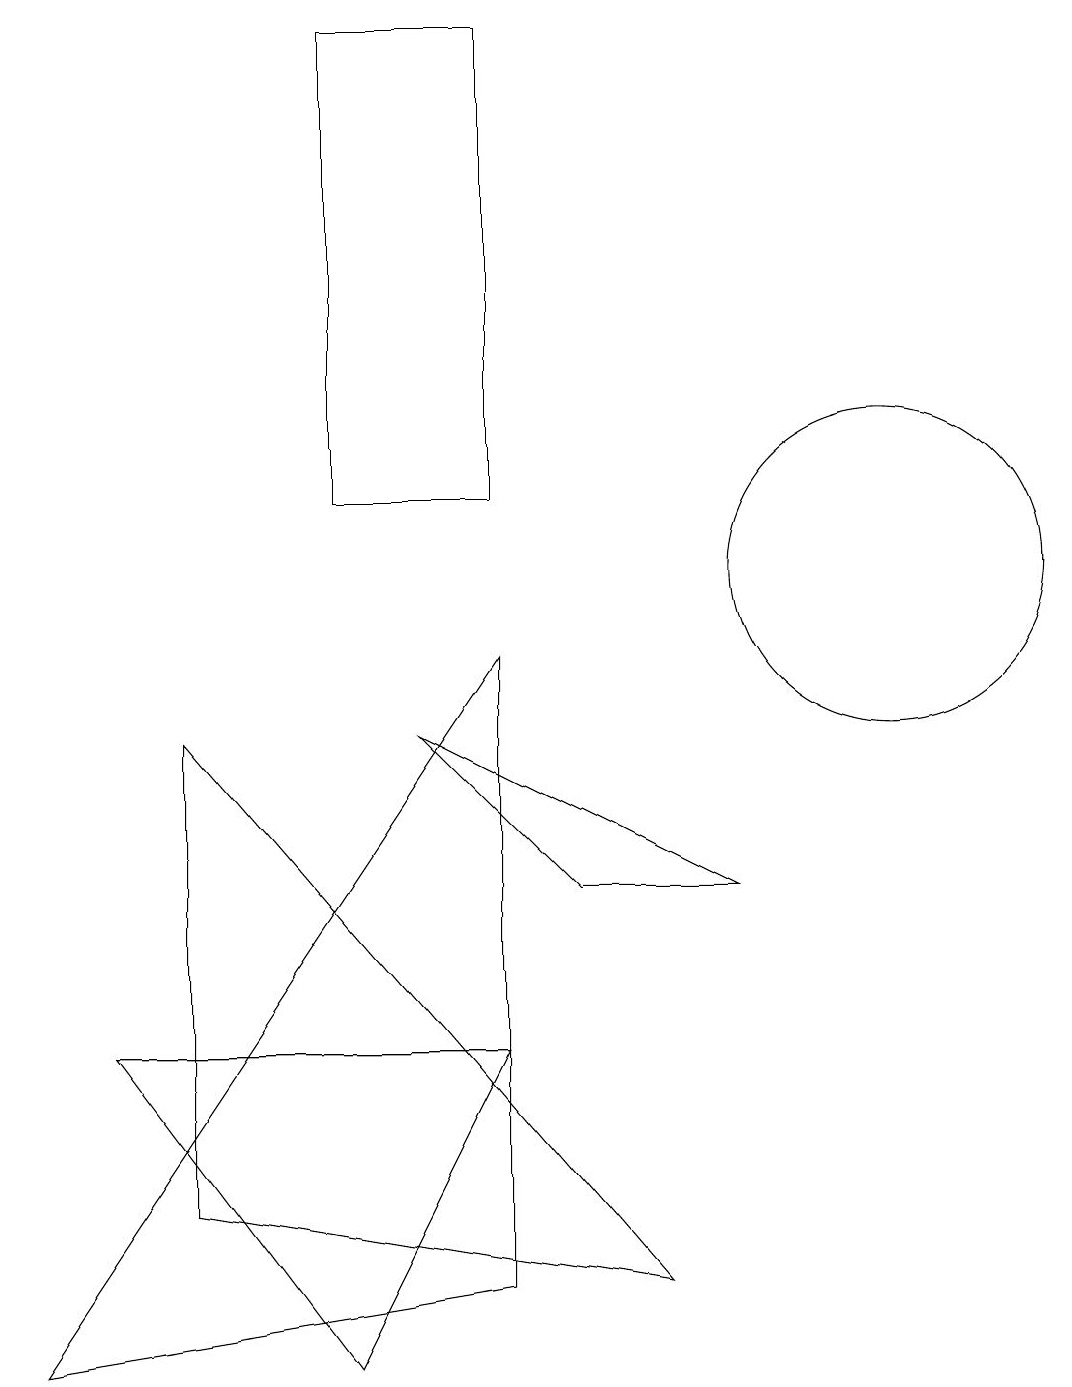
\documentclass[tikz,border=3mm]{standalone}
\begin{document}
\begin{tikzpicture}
\draw (6,1) -- (0,0) -- (6,9) -- cycle;
\draw (4,0) -- (6,4) -- (1,4) -- cycle;
\draw (5,8) -- (9,6) -- (7,6) -- cycle;
\draw (2,8) -- (8,1) -- (2,2) -- cycle;
\draw (6,11) rectangle (4,17);
\draw (11,10) circle (2);
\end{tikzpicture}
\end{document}